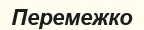
Перемежко